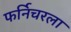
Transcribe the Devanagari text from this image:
फर्निचरला